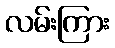
လမ်းကြား